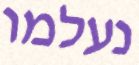
נעלמו